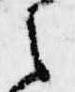
之